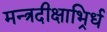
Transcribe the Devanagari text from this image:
मन्त्रदीक्षाभिर्र्ध